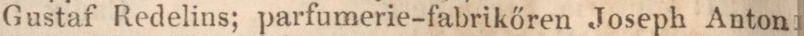
Gustaf Redelins; parfumerie-fabrikőren Joseph Anton